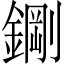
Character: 𮢪